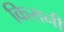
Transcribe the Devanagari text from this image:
किसनी